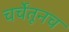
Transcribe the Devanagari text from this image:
चर्चेतूनच